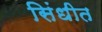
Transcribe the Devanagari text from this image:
सिंधीत